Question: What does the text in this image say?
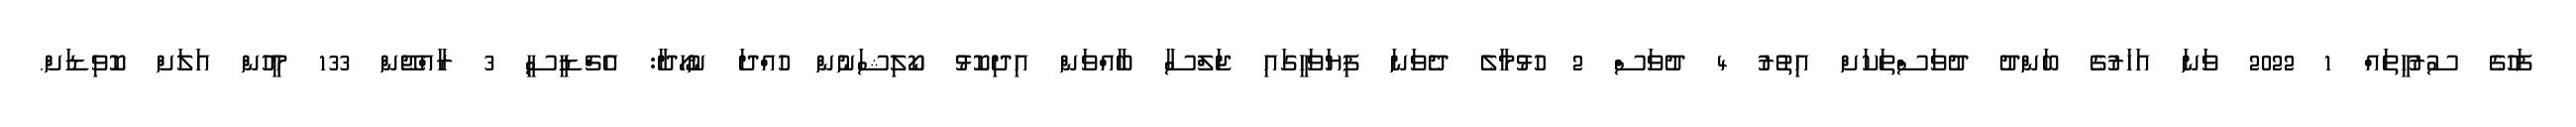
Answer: ފަހުގެ ސުރުހީތައް 1 2022 ވަނަ އަހަރުގެ ބަންދު ދުވަސްތަކަށް އިތުރު 4 ދުވަސް 2 ހުޅުމާލެ ދެވަނަ ފިޔަވަހީގައި ޖަލްސާ ބާއްވަން އިދިކޮޅު ކޯލިޝަނުން ހުއްދަ ނުހޯދާ: އެޗްޑީސީ 3 ރާއްޖޭން 133 މީހުން އަލަށް ކޮވިޑަށް.